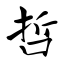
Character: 哲